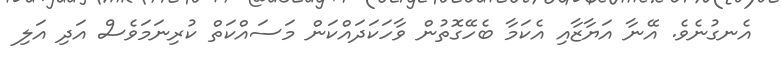
އެނގުނެވެ. އޭނާ އަޔާޒާއި އެކަމާ ބެހޭގޮތުން ވާހަކަދައްކަން މަސައްކަތް ކުރިނަމަވެސް އަދި އަލި